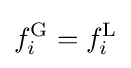
f_{i}^{\text{G}}=f_{i}^{\text{L}}